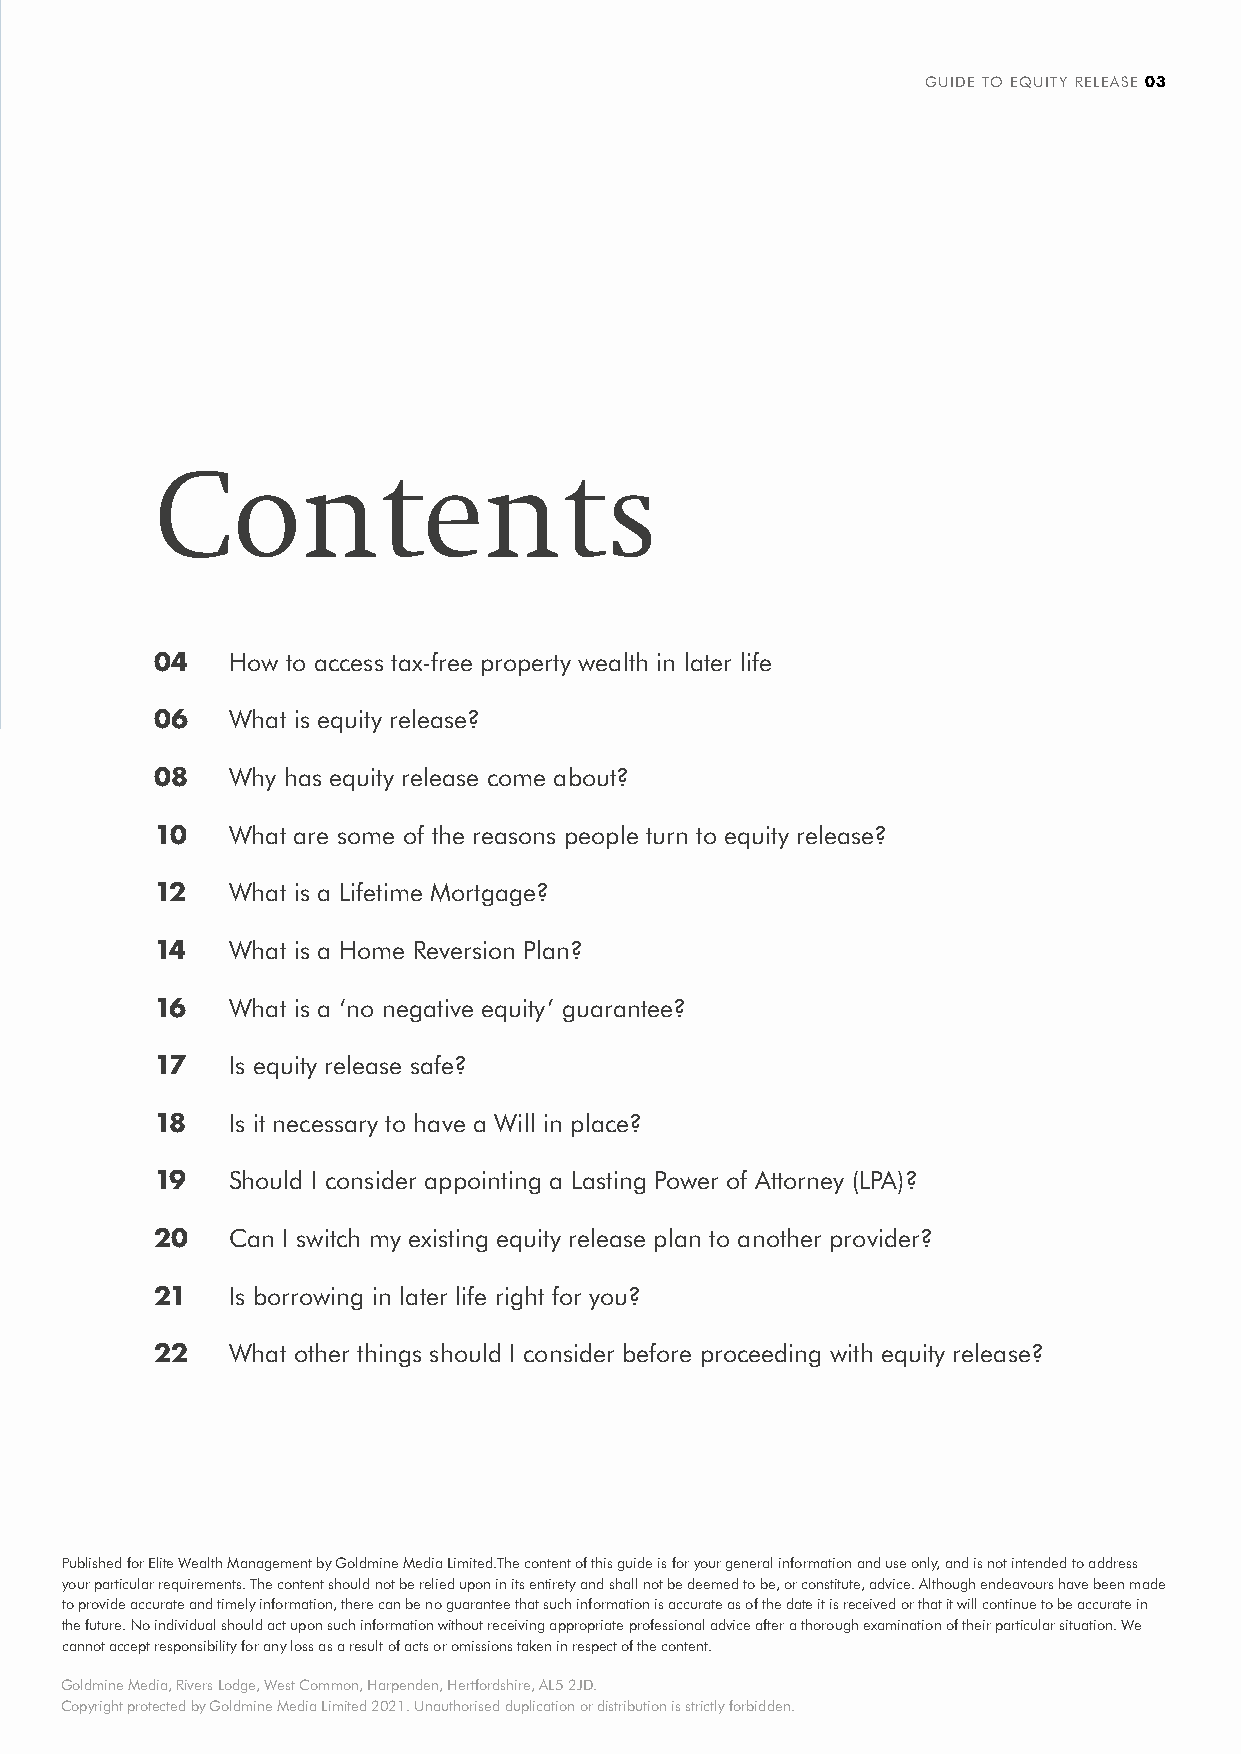
GUIDE TO EQUITY RELEASE 03
 Contents
 04   How to access tax-free property wealth in later life
 06   What is equity release?
 08   Why has equity release come about?
 10   What are some of the reasons people turn to equity release?
 12   What is a Lifetime Mortgage?
 14   What is a Home Reversion Plan?
 16   What is a ‘no negative equity’ guarantee?
 17   Is equity release safe?
 18   Is it necessary to have a Will in place?
 19   Should I consider appointing a Lasting Power of Attorney (LPA)?
 20   Can I switch my existing equity release plan to another provider?
 21   Is borrowing in later life right for you?
 22   What other things should I consider before proceeding with equity release?
 Published for Elite Wealth Management by Goldmine Media Limited.The content of this guide is for your general information and use only, and is not intended to address
 your particular requirements. The content should not be relied upon in its entirety and shall not be deemed to be, or constitute, advice. Although endeavours have been made
 to provide accurate and timely information, there can be no guarantee that such information is accurate as of the date it is received or that it will continue to be accurate in
 the future. No individual should act upon such information without receiving appropriate professional advice after a thorough examination of their particular situation. We
 cannot accept responsibility for any loss as a result of acts or omissions taken in respect of the content.
 Goldmine Media, Rivers Lodge, West Common, Harpenden, Hertfordshire, AL5 2JD.
 Copyright protected by Goldmine Media Limited 2021. Unauthorised duplication or distribution is strictly forbidden.